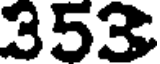
353